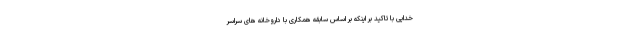
خدایی با تاکید بر اینکه بر اساس سابقه همکاری با داروخانه های سراسر